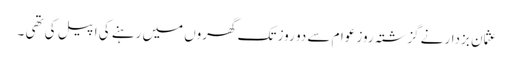
عثمان بزدار نے گزشتہ روز عوام سے دو روز تک گھروں میں رہنے کی اپیل کی تھی ۔